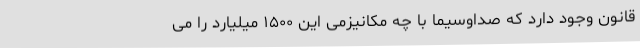
قانون وجود دارد که صداوسیما با چه مکانیزمی این ۱۵۰۰ میلیارد را می